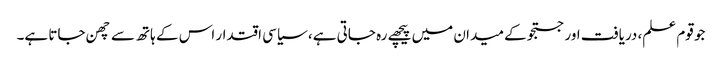
جو قوم علم، دریافت اور جستجو کے میدان میں پیچھے رہ جاتی ہے، سیاسی اقتدار اس کے ہاتھ سے چھن جاتا ہے۔